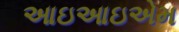
આઇઆઇએમ